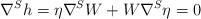
LaTeX: \begin{align*} \nabla^S h = \eta \nabla^S W + W\nabla^S \eta = 0\end{align*}